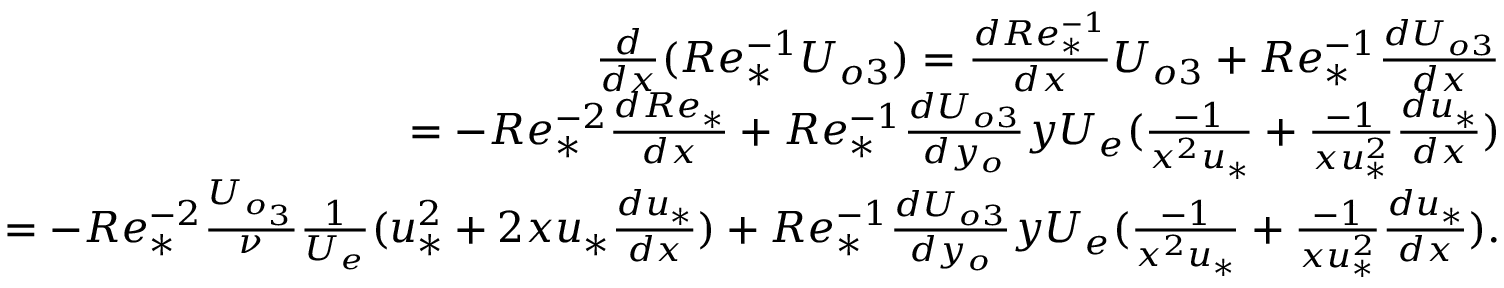
\begin{array} { r } { \frac { d } { d x } ( R e _ { * } ^ { - 1 } U _ { o 3 } ) = \frac { d R e _ { * } ^ { - 1 } } { d x } U _ { o 3 } + R e _ { * } ^ { - 1 } \frac { d U _ { o 3 } } { d x } } \\ { = - R e _ { * } ^ { - 2 } \frac { d R e _ { * } } { d x } + R e _ { * } ^ { - 1 } \frac { d U _ { o 3 } } { d y _ { o } } y U _ { e } ( \frac { - 1 } { x ^ { 2 } u _ { * } } + \frac { - 1 } { x u _ { * } ^ { 2 } } \frac { d u _ { * } } { d x } ) } \\ { = - R e _ { * } ^ { - 2 } \frac { U _ { o _ { 3 } } } { \nu } \frac { 1 } { U _ { e } } ( u _ { * } ^ { 2 } + 2 x u _ { * } \frac { d u _ { * } } { d x } ) + R e _ { * } ^ { - 1 } \frac { d U _ { o 3 } } { d y _ { o } } y U _ { e } ( \frac { - 1 } { x ^ { 2 } u _ { * } } + \frac { - 1 } { x u _ { * } ^ { 2 } } \frac { d u _ { * } } { d x } ) . } \end{array}